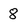
Character: 8